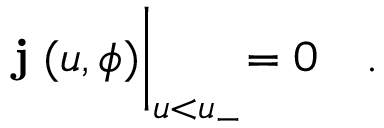
{ \bf j ^ { \alpha } } ( u , \phi ) \biggl | _ { u < u _ { - } } = 0 \quad .